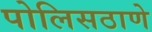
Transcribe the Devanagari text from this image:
पोलिसठाणे